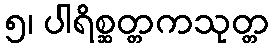
၅၊ ပါရိစ္ဆတ္တကသုတ္တ